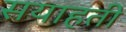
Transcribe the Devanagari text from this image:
सयाहती